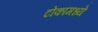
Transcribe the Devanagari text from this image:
टोकांमध्ये